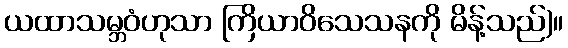
ယထာသမ္ဘဝံဟုသာ ကြိယာဝိသေသနကို မိန့်သည်)။